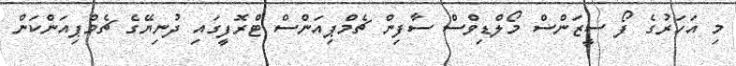
މި އަހަރުގެ ފޯ ސީޒަންސް މޯލްޑިވްސް ސާފިން ޗެމްޕިއަންސް ޓްރޮފީގައި ދުނިޔޭގެ ޗެމްޕިއަންކަން